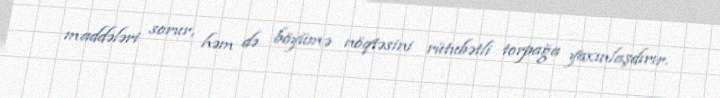
maddələri sorur, həm də böyümə nöqtəsini rütubətli torpağa yaxınlaşdırır.